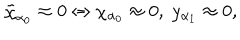
\tilde { \chi } _ { \alpha _ { 0 } } \approx 0 \Leftrightarrow \chi _ { \alpha _ { 0 } } \approx 0 , \; y _ { \alpha _ { 1 } } \approx 0 ,